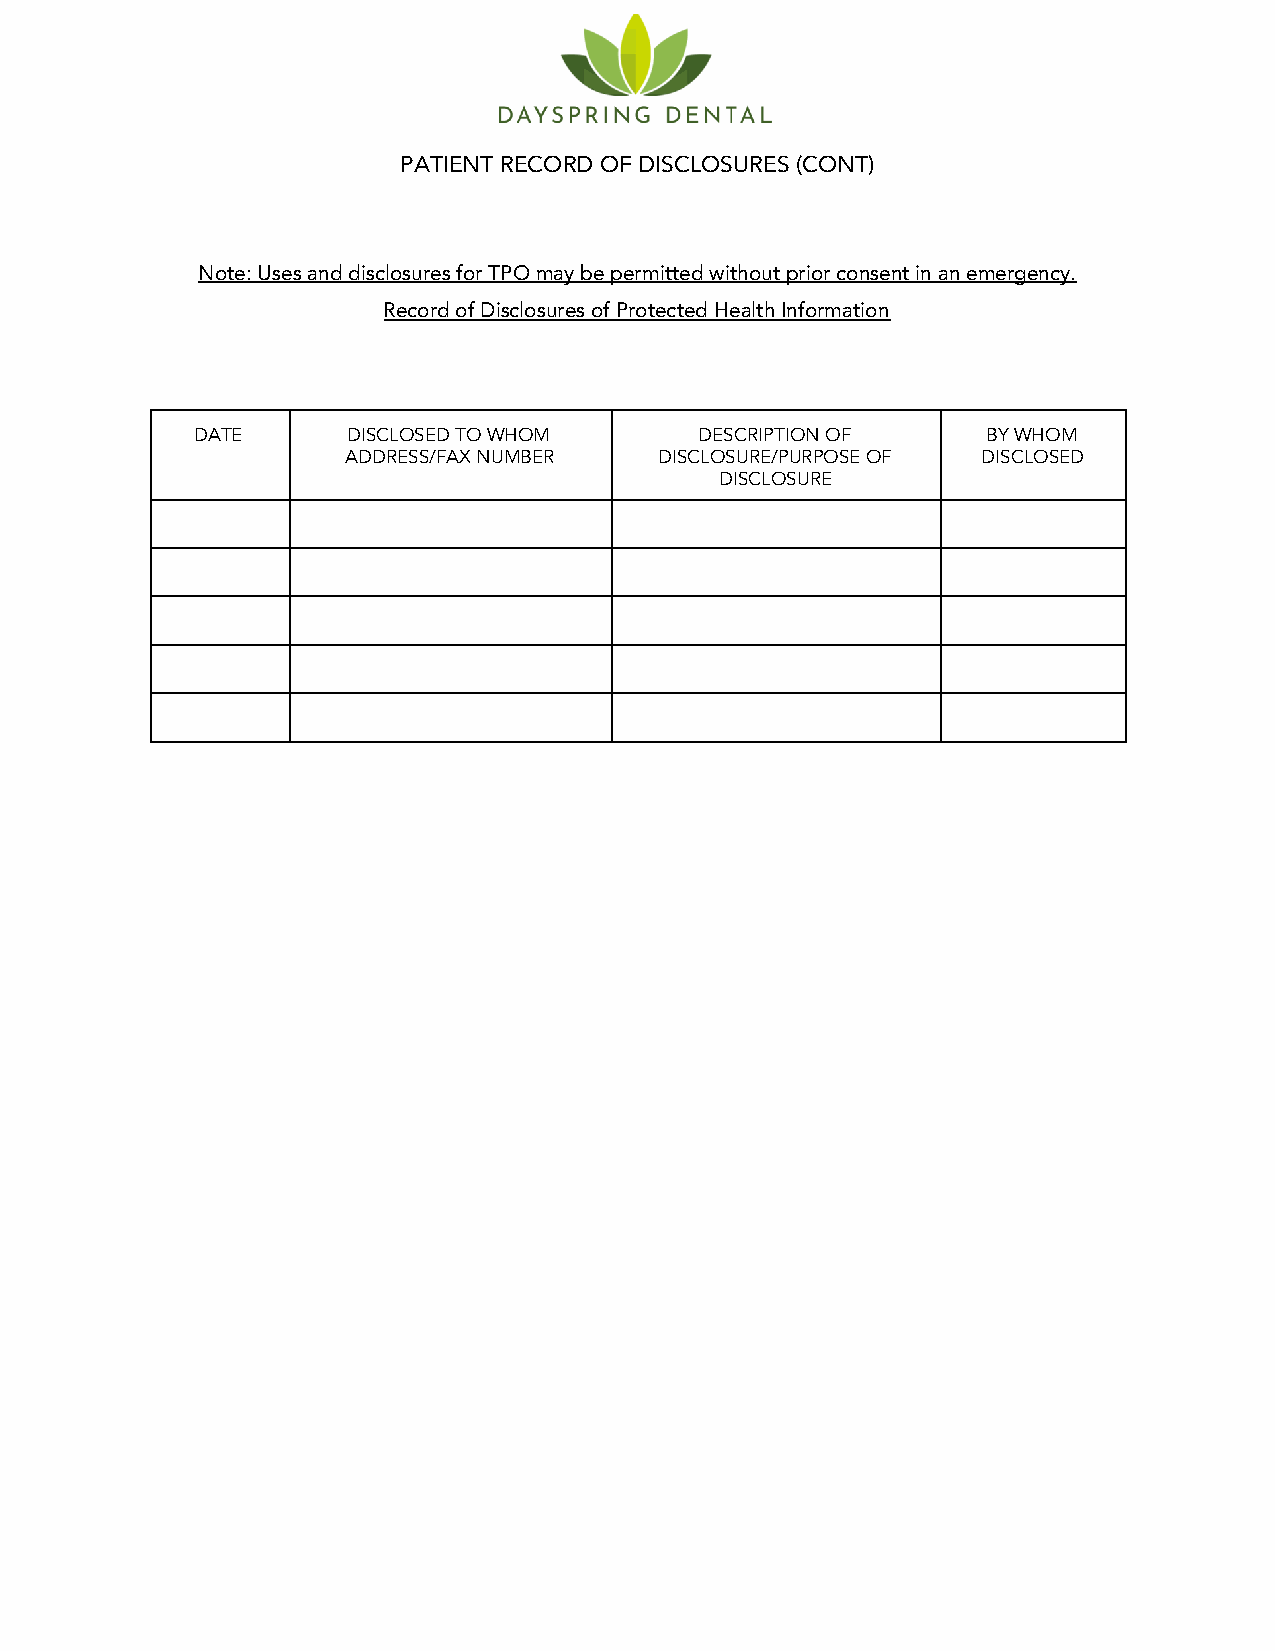
PATIENT RECORD OF DISCLOSURES (CONT)
 Note: Uses and disclosures for TPO may be permitted without prior consent in an emergency.
 Record of Disclosures of Protected Health Information
 DATE      DISCLOSED TO WHOM      DESCRIPTION OF     BY WHOM
 ADDRESS/FAX NUMBER   DISCLOSURE/PURPOSE OF DISCLOSED
 DISCLOSURE